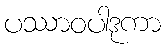
ပဿာဝပါဒုကာ